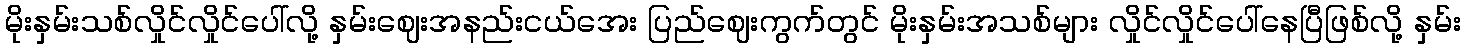
မိုးနှမ်းသစ်လှိုင်လှိုင်ပေါ်လို့ နှမ်းဈေးအနည်းငယ်အေး ပြည်ဈေးကွက်တွင် မိုးနှမ်းအသစ်များ လှိုင်လှိုင်ပေါ်နေပြီဖြစ်လို့ နှမ်း